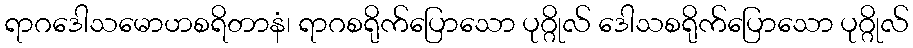
ရာဂဒေါသမောဟစရိတာနံ၊ ရာဂစရိုက်ပြောသော ပုဂ္ဂိုလ် ဒေါသစရိုက်ပြောသော ပုဂ္ဂိုလ်